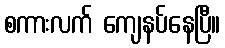
စကားလက် ကျေနပ်နေပြီ။